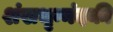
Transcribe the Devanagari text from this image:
शंखभृन्नंदकी